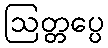
ဩတ္တပ္ပေ